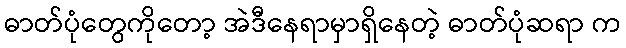
ဓာတ်ပုံတွေကိုတော့ အဲဒီနေရာမှာရှိနေတဲ့ ဓာတ်ပုံဆရာ က